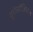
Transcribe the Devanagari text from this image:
यूरोलॉजिकल